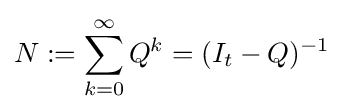
N:=\sum _{k=0}^{\infty }Q^{k}=(I_{t}-Q)^{-1}